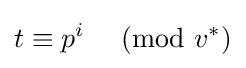
t\equiv p^{i}\ {\pmod {v^{*}}}